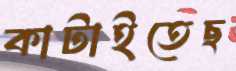
কাটাইতেছ